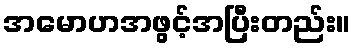
အမောဟအဖွင့်အပြီးတည်း။